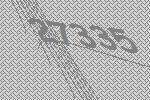
27335